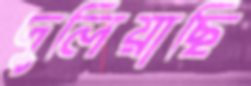
দুলিয়াছি